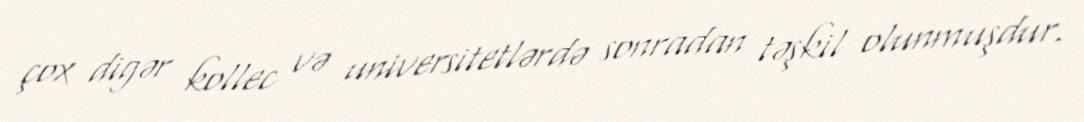
çox digər kollec və universitetlərdə sonradan təşkil olunmuşdur.